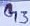
Text: G3